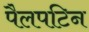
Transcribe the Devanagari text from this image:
पैलपटिन